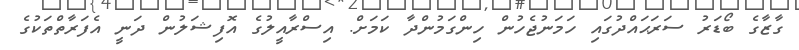
ގާޒާގެ ބޯޑަރު ސަރަޙައްދުގައި ހަމަނުޖެހުން ހިންގަމުންދާ ކަމަށް. އިސްރާއީލުގެ އޮފިޝަލުން ދަނީ އެފަރާތްތަކުގެ